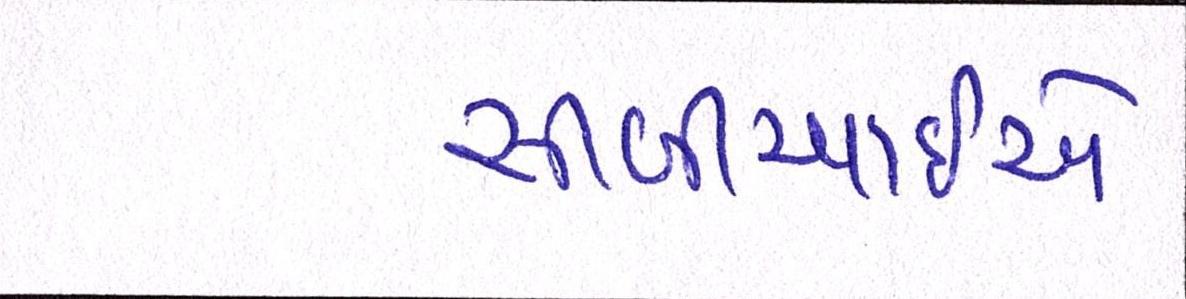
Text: સીબીઆઇએ